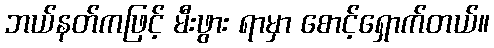
ဘယ်နတ်ကဖြင့် မီးဖွား ရာမှာ စောင့်ရှောက်တယ်။